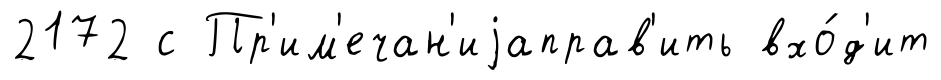
2172 с Пр'им'ечан'иjаправ'ить вхо́д'ит